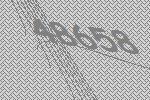
48658